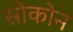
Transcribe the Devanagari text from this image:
सोकोन